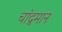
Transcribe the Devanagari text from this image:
चांद्रमान